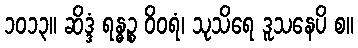
၁၀၁၃။ ဆိဒ္ဒံ ရန္ဓဉ္စ ဝိဝရံ၊ သုသိရေ ဒူသနေပိ စ။